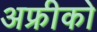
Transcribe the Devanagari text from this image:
अफ्रीको